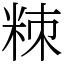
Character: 䊂